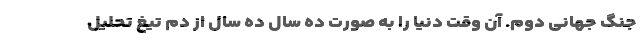
جنگ جهانی دوم. آن‌ وقت دنیا را به صورت ده سال ده سال از دم تیغ تحلیل